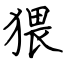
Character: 猥